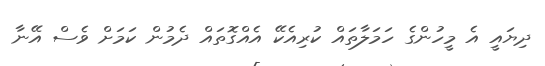
ދިޔައީ އެ މީހުންގެ ހަމަލާތައް ކުރިއެކޭ އެއްގޮތައް ދެމުން ކަމަށް ވެސް އޭނާ